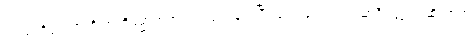
ရှင်သာရိပုတ္တရာကို အဘိဓမ္မာတရား အကျဉ်းချုပ်ပြီး ဟောခဲ့တာ၊ ရှင်သာရိပုတ္တရာ ဆိုတာက